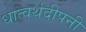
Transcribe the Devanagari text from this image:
धात्वर्थदीपनी